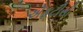
એફટીસી